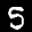
Label: 5